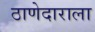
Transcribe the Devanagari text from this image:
ठाणेदाराला